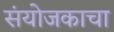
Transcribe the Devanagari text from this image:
संयोजकाचा